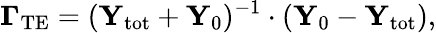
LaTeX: \mathbf{\Gamma}_{\mathrm{TE}}=(\mathbf{Y}_{\mathrm{tot}}+\mathbf{Y}_{0})^{-1}\cdot(\mathbf{Y}_{0}-\mathbf{Y}_{\mathrm{tot}}),